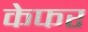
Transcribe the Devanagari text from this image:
केफर